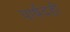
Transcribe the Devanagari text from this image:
पार्षदही